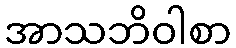
အာသဘိဝါစာ